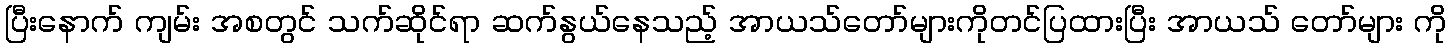
ပြီးနောက် ကျမ်း အစတွင် သက်ဆိုင်ရာ ဆက်နွယ်နေသည့် အာယသ်တော်များကိုတင်ပြထားပြီး အာယသ် တော်များ ကို